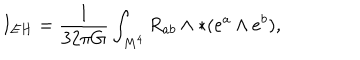
I _ { E H } = \frac { 1 } { 3 2 \pi G } \int _ { M ^ { 4 } } R _ { a b } \wedge \ast ( e ^ { a } \wedge e ^ { b } ) ,